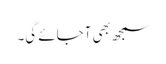
سمجھ بھی آجائے گی۔